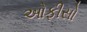
ઓફીસો